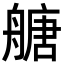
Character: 𦪀